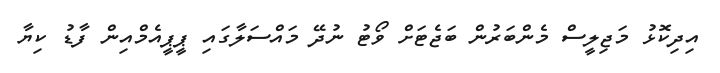
އިދިކޮޅު މަޖިލީސް މެންބަރުން ބަޖެޓަށް ވޯޓު ނުދޭ މައްސަލާގައި ޕީޕީއެމްއިން ފާޑު ކިޔާ